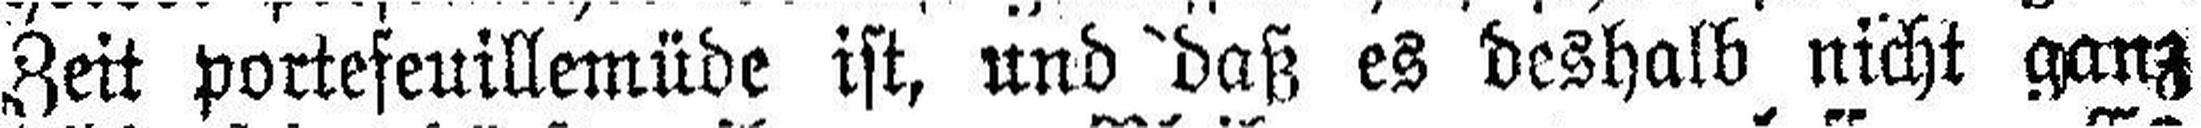
Zeit portefeuillemüde ist, und daß es deshalb nicht ganz